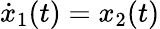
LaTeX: {\dot{x}}_{1}(t)=x_{2}(t)